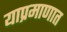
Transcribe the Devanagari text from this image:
याप्रमाणात